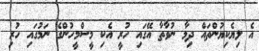
އެ ލިޔެކިޔުންތައް ދިމާ ނުވާތާ އޭގައި ހުރީ އެކި މީސްމީހުންގެ ނަމުގައި ހުރި